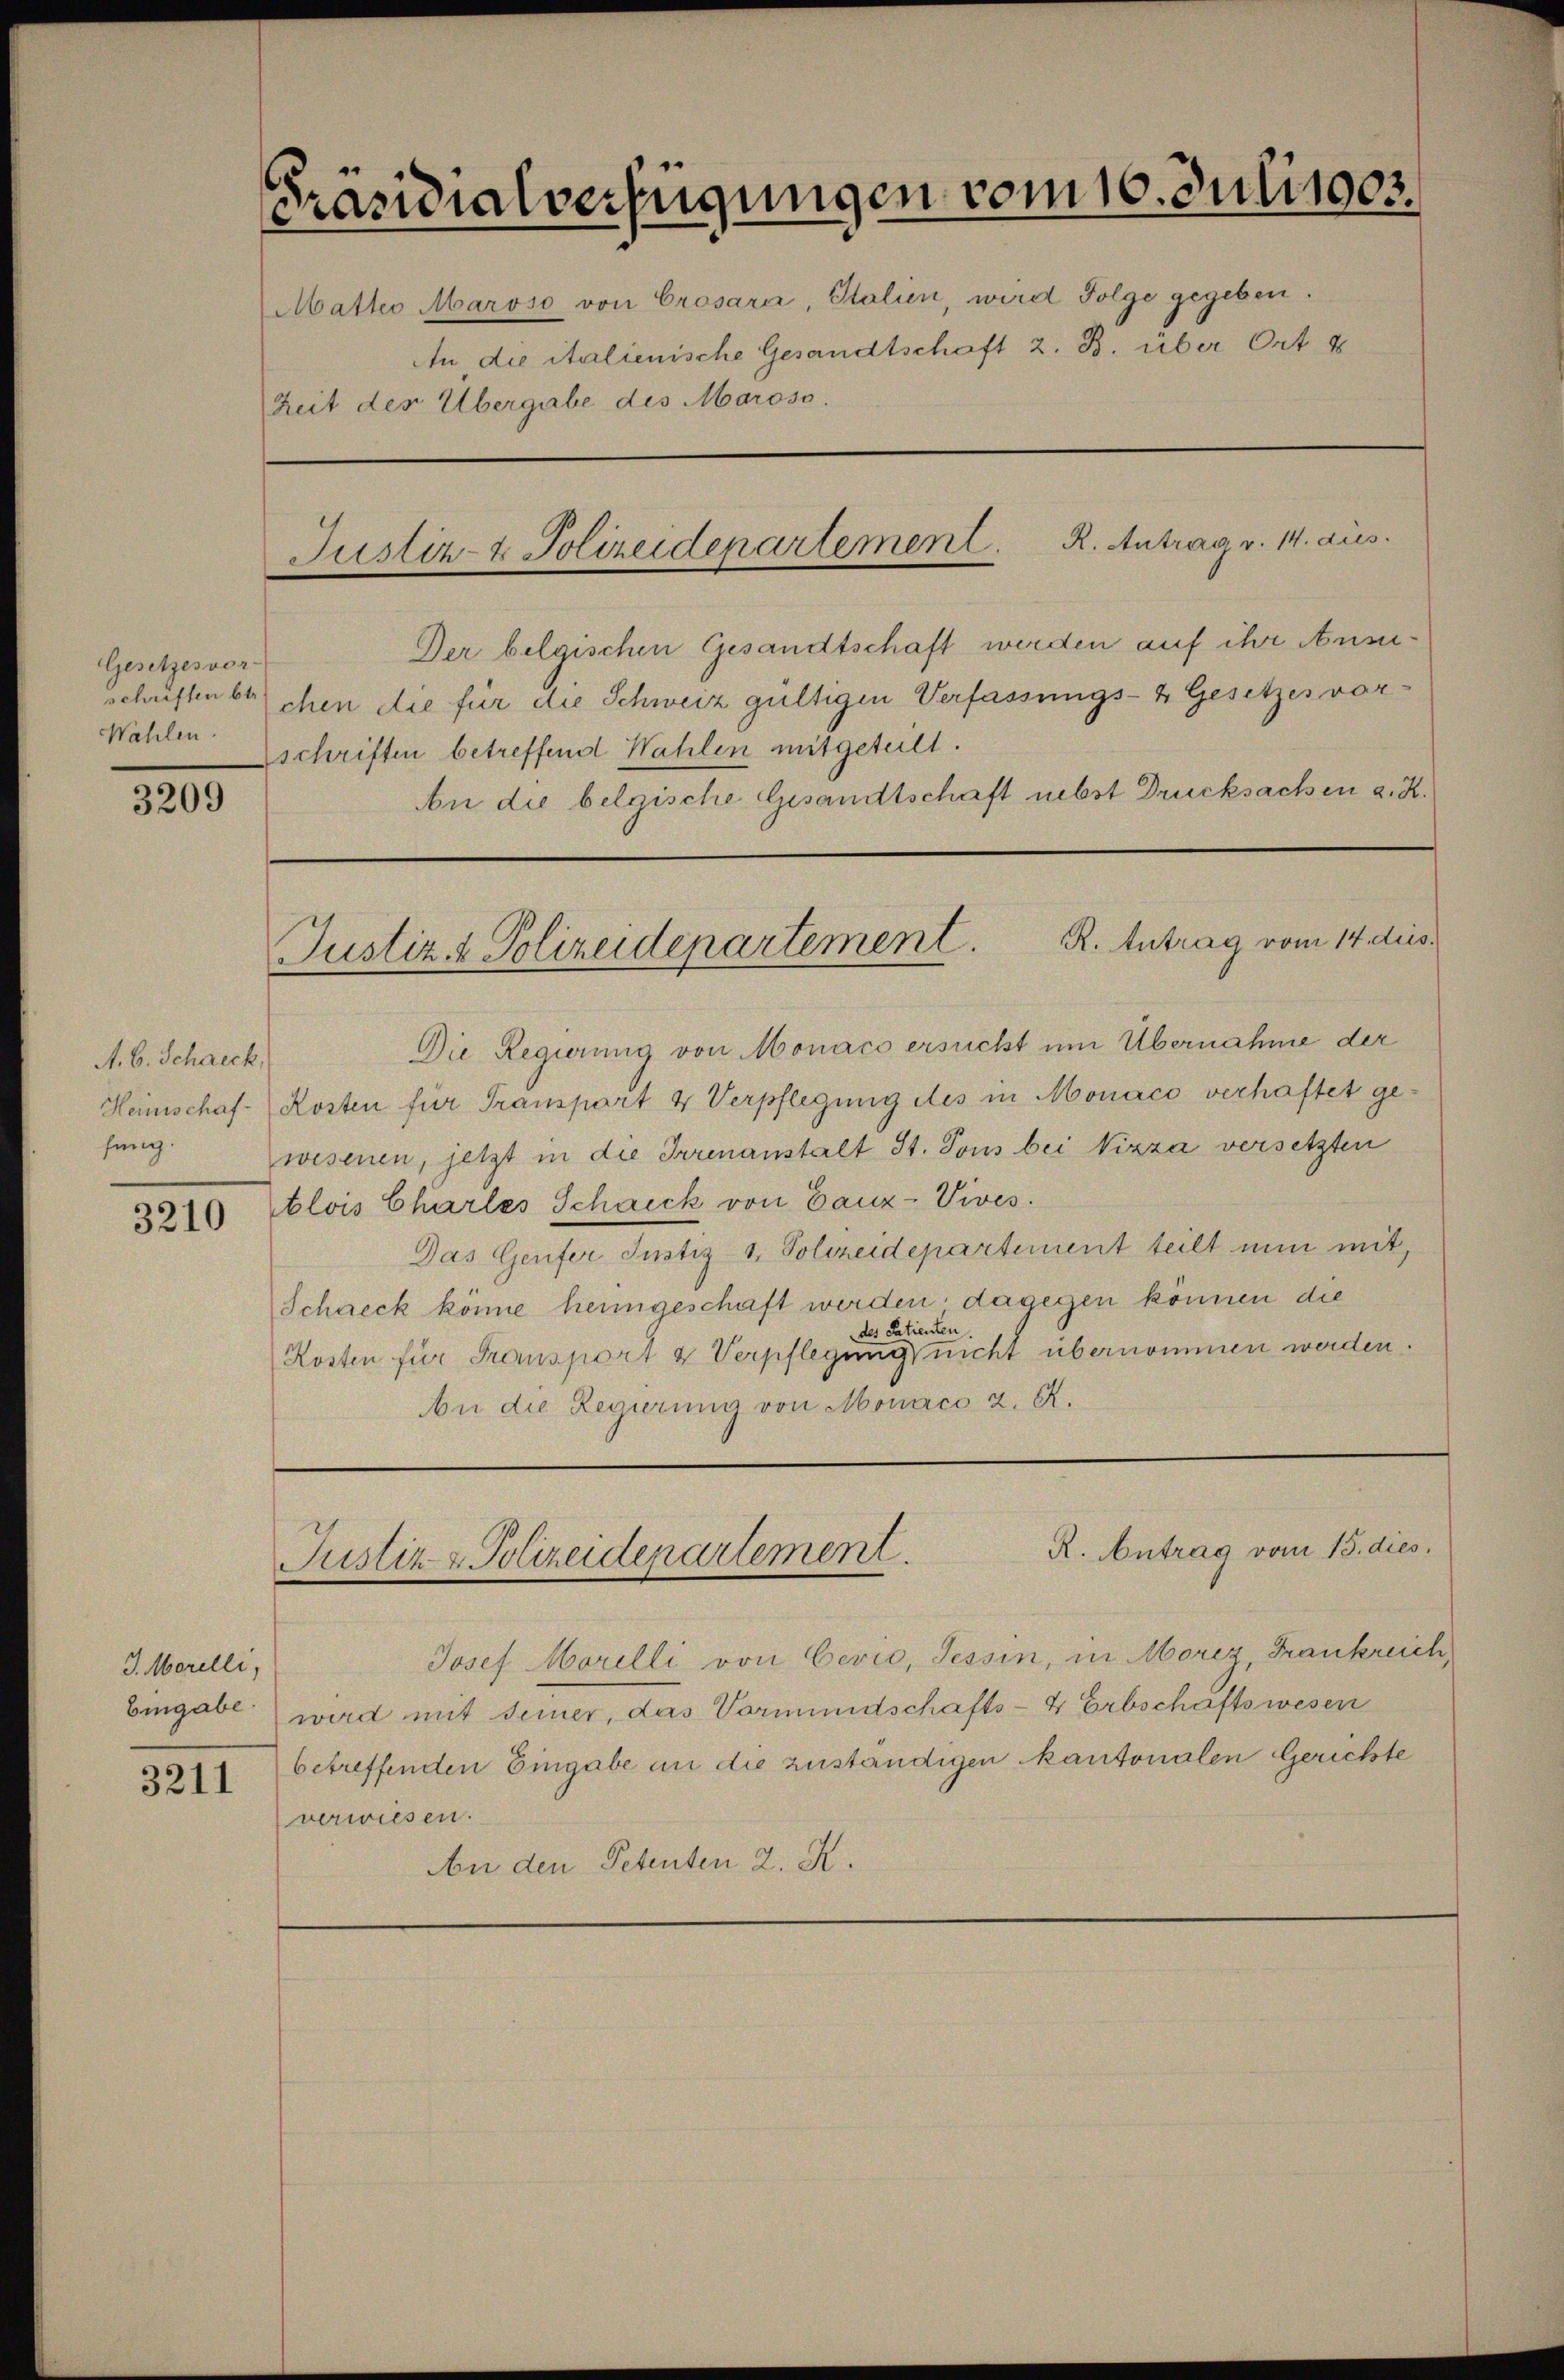
Gesetzesvor-
Wahlen.

3209

A. B. Schneck,
Heinschaffung.

3210

J. Morelli,
Eingabe

3211

Präsidialverfügungen vom 10. Juli 1903.
An die italienische Gesandtschaft z. B. über Ort &
Zeit des Übergabe des Maroso.
R. Antrag v. 14. aus.
Justiz- & Polizeidenartement.

Der belgischen Gesandtschaft werden auf ihr Ansuschriften beschen die für die Schweiz gültigen Verfassungs- & Gesetzes vor¬
Zschriften betreffend Wahlen mitgeteilt.
Die Regierung von Monaco ersucht um Übernahme der
Kosten für Transport 4 Verpflegung des in Monaco verhaftet gewesenen, jetzt in die Irrenanstalt St. Tous bei Nizza versetzten
blois Chartes Schneck von Canz-Vives.
Das Genfer Justiz & Polizeidepartement teilt nun mit,
Schneck könne heimgeschaft werden, dagegen können die
des Patienten
Kosten für Transport u Verpflegung nicht übernommen werden.
An die Regierung von Monaco 2. R.

Matteo Maroso von Crosara, Italien, wird Folge gegeben.

An die belgische Gesandtschaft nebst Drucksachen a. R.

Justiz & Polizeidepartement. R. Antrag vom 14. dies

Josef Morelli von Cević, Tessin, in Morez, Frankreich,
wird mit seiner, das Vormundschafts-4 Erbschaftswesen
betreffenden Eingabe an die zuständigen kantonalen Gerichte
verwiesen.
An den Petenten 2. K.

R. Antrag vom 15. dies.
Justiz- & Polizeidepartement.